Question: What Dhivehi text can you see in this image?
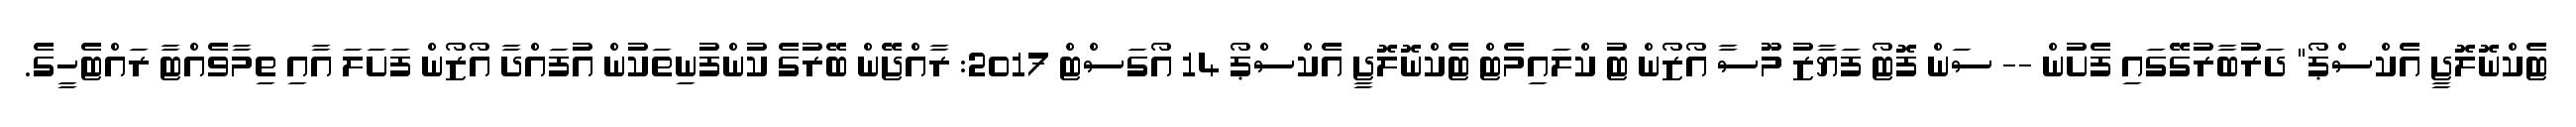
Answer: ޓެކްނޮލޮޖީ އެކްސްޕޯ" ދަރުބާރުގޭގައި ފެށުން -- ސަން ފޮޓޯ ފަޔާޒު މޫސާ އޯޒޯން ޓު ކްލައިމެޓް ޓެކްނޮލޮޖީ އެކްސްޕޯ 14 އޯގަސްޓް 2017: ރާއްޖޭން ބޭރުގެ ކުންފުނިތަކުން އުފައްދާ އޯޒޯން ފަށަލަ އާއި ތިމާވެއްޓާ ރައްޓެހީގެ.